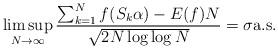
LaTeX: \begin{align*}\limsup_{N \to \infty} \frac{\sum_{k=1}^N f(S_k \alpha ) -E(f)N}{\sqrt{2 N \log \log N}} = \sigma \textrm{a.s.}\end{align*}